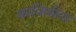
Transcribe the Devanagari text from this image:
काविळीचा